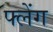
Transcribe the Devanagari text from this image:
फ्लेंग